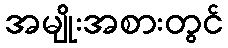
အမျိုးအစားတွင်